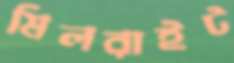
মিলরাইট